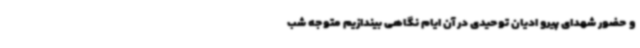
و حضور شهدای پیرو ادیان توحیدی در آن ایام نگاهی بیندازیم متوجه شب